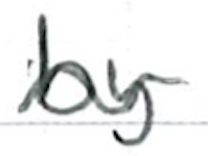
Text: by
Cross-out: wave
Writing tool: ballpoint